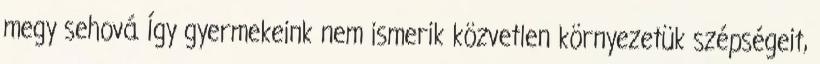
megy sehová. Így gyermekeink nem ismerik közvetlen környezetük szépségeit,